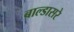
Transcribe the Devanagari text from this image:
बाल्डासरे